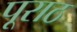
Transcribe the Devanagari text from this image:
पूराठ